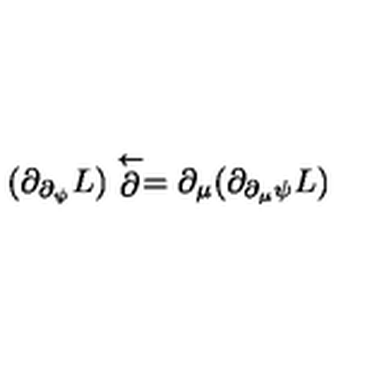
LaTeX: ( \partial _ { \partial _ { \psi } } L ) \stackrel { \leftarrow } { \partial } = \partial _ { \mu } ( \partial _ { \partial _ { \mu } \psi } L )